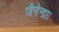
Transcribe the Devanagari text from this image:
जैनेन्द्राः